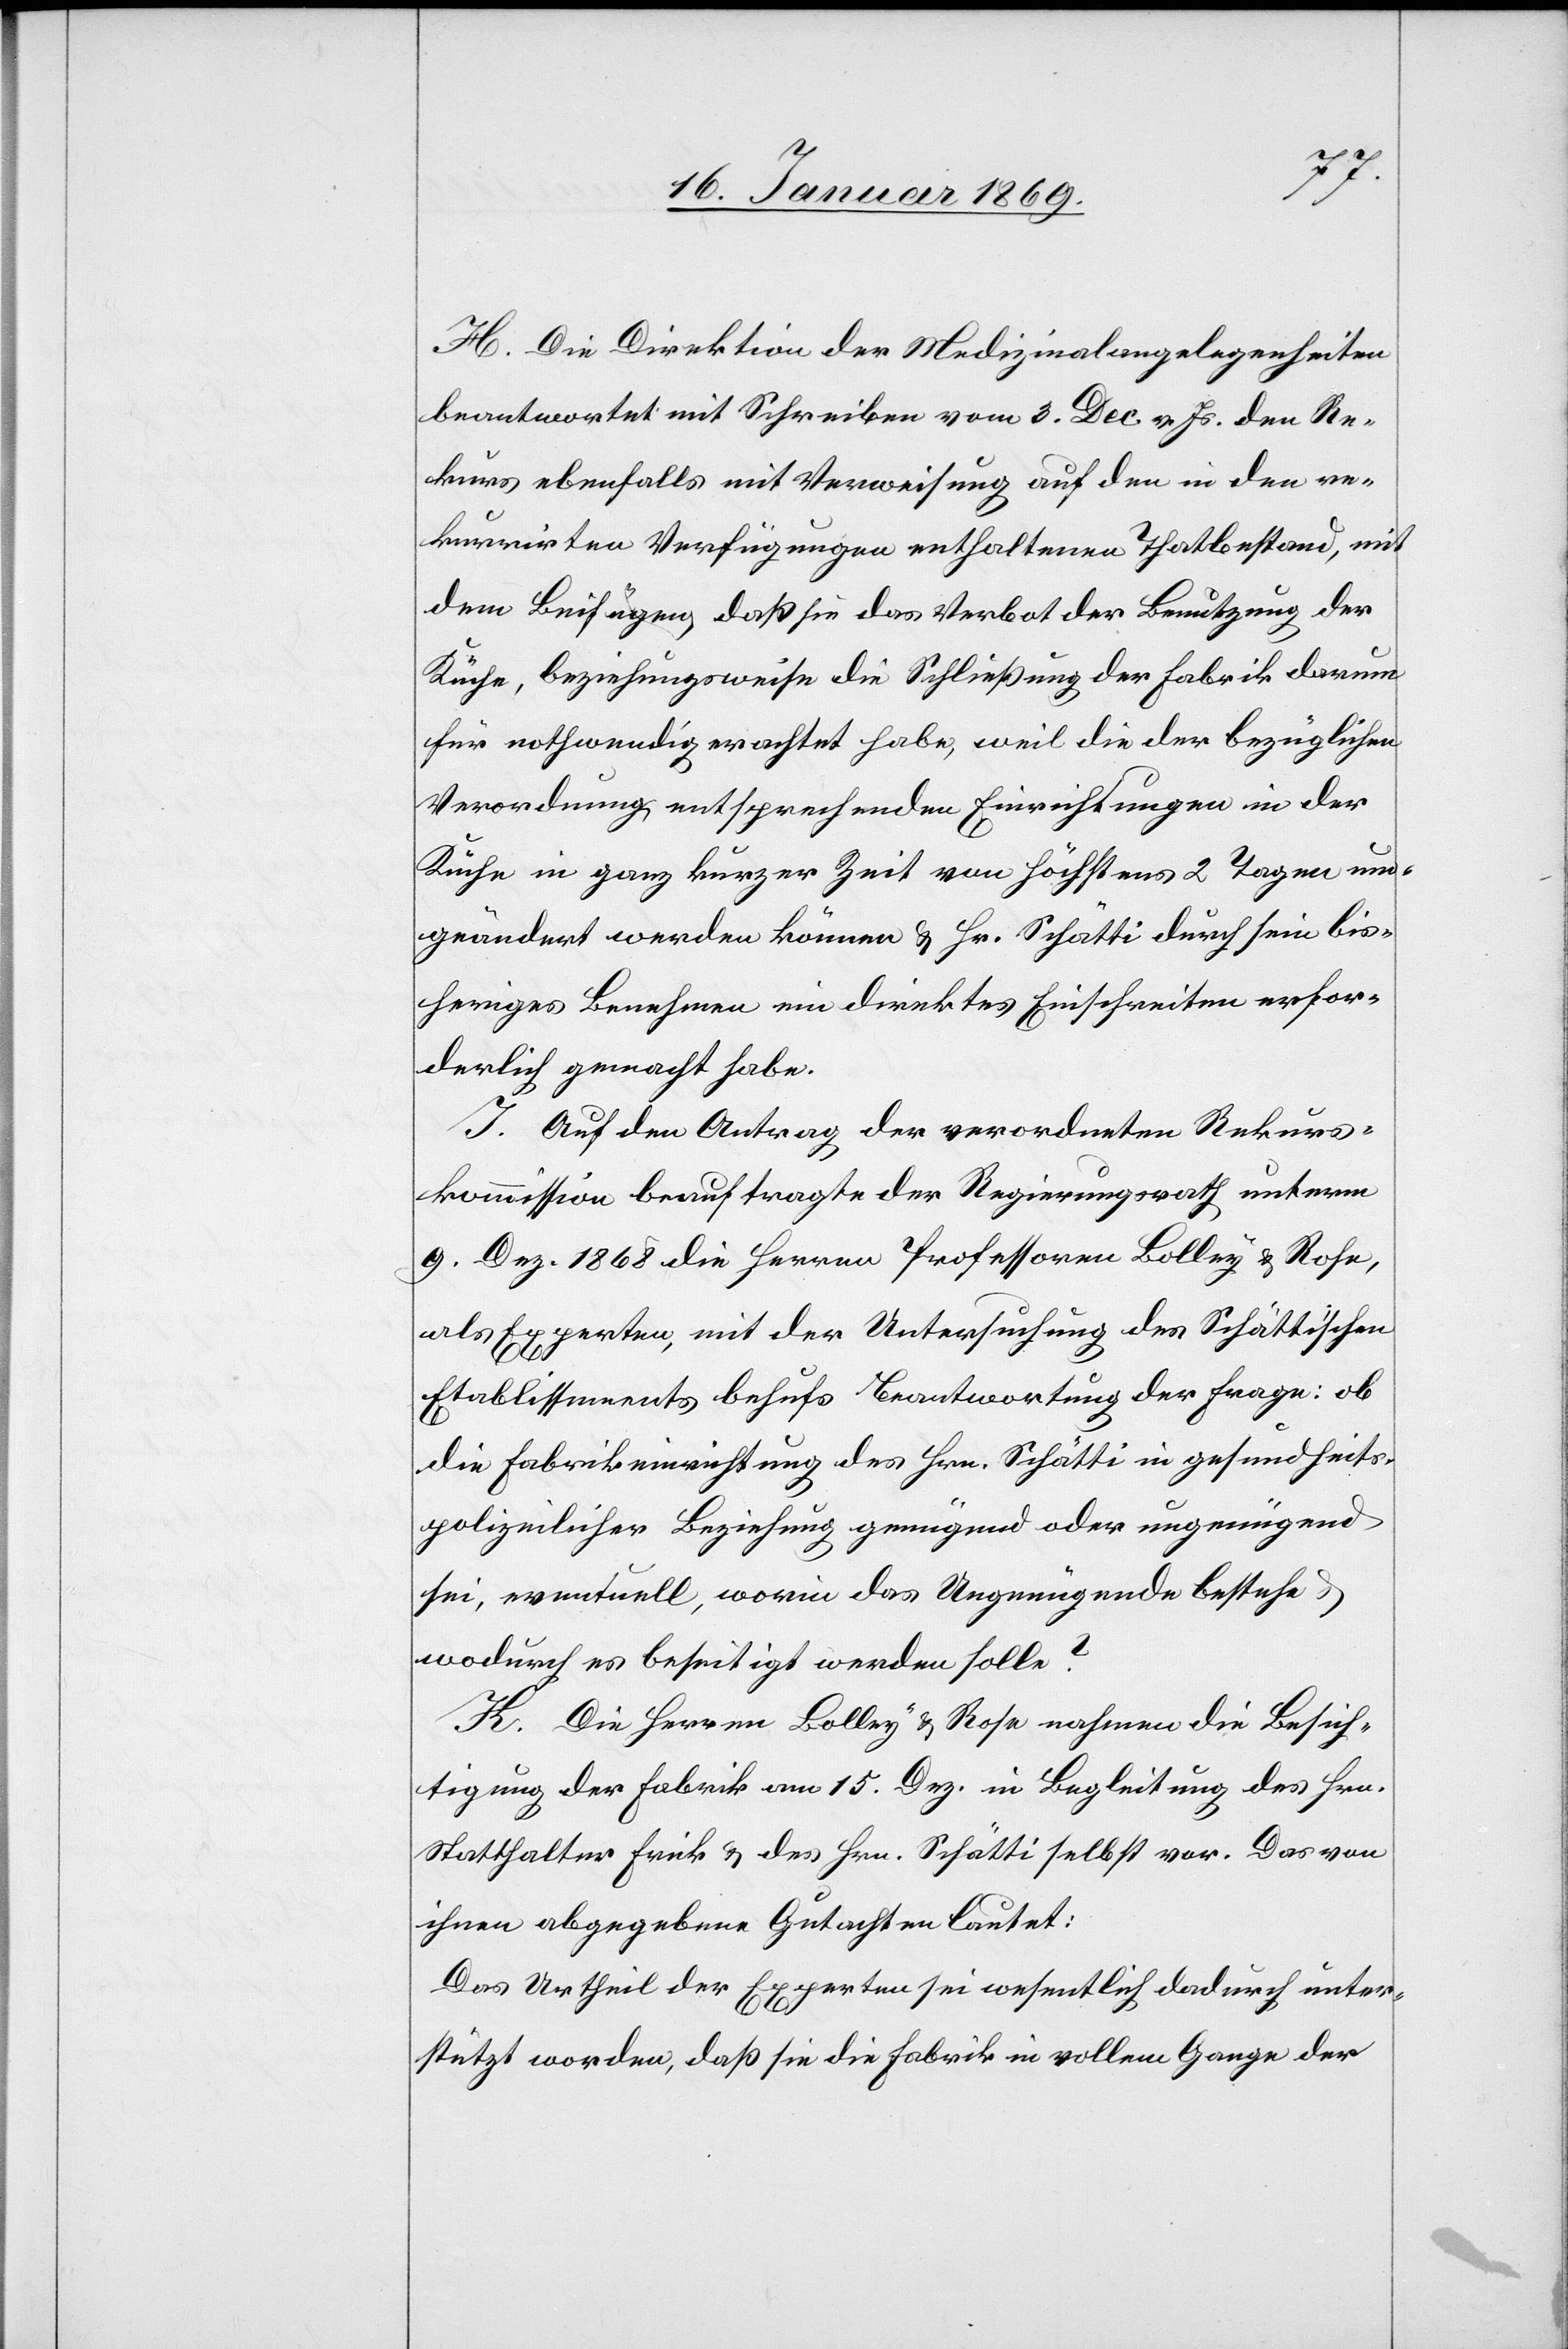
H. Die Direktion der Medizinalangelegenheiten
beantwortet mit Schreiben vom 3. Dec. v. Js. den Re¬
kurs ebenfalls mit Verweisung auf den in den re¬
kurrirten Verfügungen enthaltenen Thatbestand, mit
dem Beifügen, daß sie das Verbot der Benutzung der
Küche, beziehungsweise die Schließung der Fabrik darum
für nothwendig erachtet habe, weil die der bezüglichen
Verordnung entsprechenden Einrichtungen in der
Küche in ganz kurzer Zeit von höchstens 2 Tagen um¬
geändert werden können u. Hr. Schätti durch sein bis¬
heriges Benehmen ein direktes Einschreiten erfor¬
derlich gemacht habe.
J. Auf den Antrag der verordneten Rekurs¬
kommission beauftragte der Regierungsrath unterm
9. Dez. 1868 die Herren Professoren Bolley u. Rose,
als Experten, mit der Untersuchung des Schätti‘schen
Etablissments behufs Beantwortung der Frage: ob
die Fabrikeinrichtung des Hrn. Schätti in gesundheits¬
polizeilicher Beziehung genügend oder ungenügend
sei, eventuell, worin das Ungenügende bestehe
wodurch es beseitigt werden solle?
H. Die Herrn Bolley u. Rose nahmen die Besich¬
tigung der Fabrik am 15. Dez. in Begleitung des Hrn.
Statthalter Frick u. des Hrn. Schätti selbst vor. Das von
ihnen abgegebene Gutachten lautet:
Das Urtheil der Experten sei wesentlich dadurch unter¬
stützt worden, daß sie die Fabrik in vollem Gange der